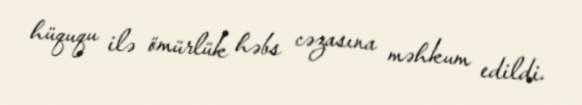
hüququ ilə ömürlük həbs cəzasına məhkum edildi.